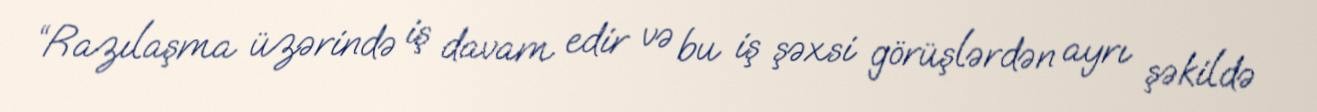
“Razılaşma üzərində iş davam edir və bu iş şəxsi görüşlərdən ayrı şəkildə